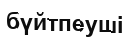
бүйтпеуші